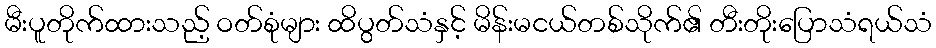
မီးပူတိုက်ထားသည့် ဝတ်စုံများ ထိပွတ်သံနှင့် မိန်းမငယ်တစ်သိုက်၏ တီးတိုးပြောသံရယ်သံ